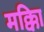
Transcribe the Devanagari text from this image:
मक्काि